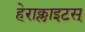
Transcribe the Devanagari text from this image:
हेराक्लाइटस्